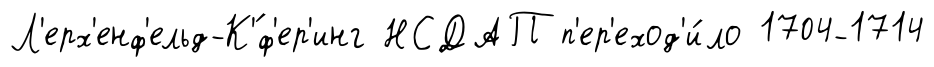
Л'ерх'енф'ельд-К'́ф'ер'инг НСДАП п'ер'еход'и́ло 1704-1714